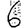
Digit: 6